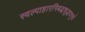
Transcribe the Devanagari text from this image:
स्वल्पाहारनिबद्धशुद्धवपुषां